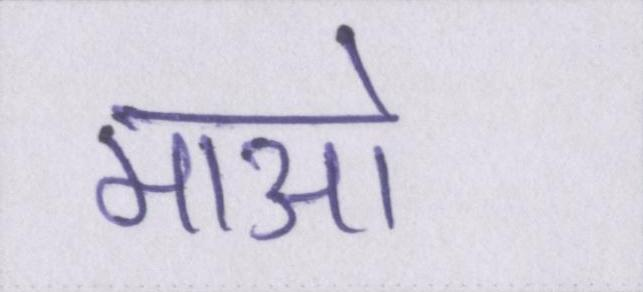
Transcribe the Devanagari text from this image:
माओ